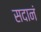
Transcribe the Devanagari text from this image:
सदानं